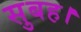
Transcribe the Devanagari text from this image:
सुबह।